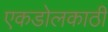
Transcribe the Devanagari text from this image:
एकडोलकाठी